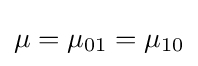
\mu =\mu _{01}=\mu _{10}